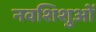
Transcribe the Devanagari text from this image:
नवशिशुओं